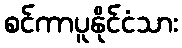
စင်ကာပူနိုင်ငံသား